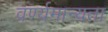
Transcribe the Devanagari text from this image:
वर्ण्यमान्यता